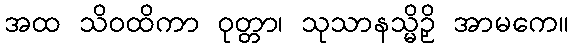
အထ သိဝထိကာ ဝုတ္တာ၊ သုသာနသ္မိဉှိ အာမကေ။